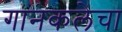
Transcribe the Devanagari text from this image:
गानकलेचा